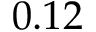
0 . 1 2